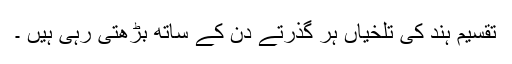
تقسیم ہند کی تلخیاں ہر گذرتے دن کے ساتھ بڑھتی رہی ہیں ۔